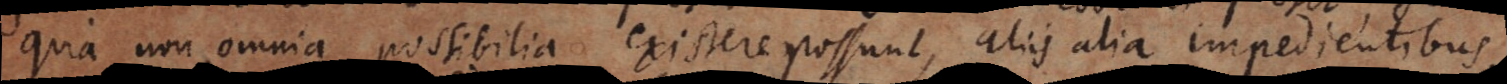
quia non omnia possibilia existere possunt, aliis alia impedientibus,